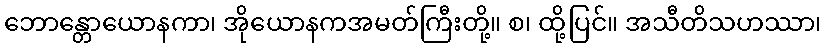
ဘောန္တောယောနကာ၊ အိုယောနကအမတ်ကြီးတို့။ စ၊ ထို့ပြင်။ အသီတိသဟဿာ၊